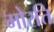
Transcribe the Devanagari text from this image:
मोरत्ति